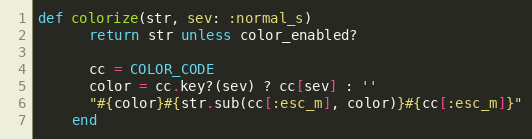
Language: Ruby
def colorize(str, sev: :normal_s)
      return str unless color_enabled?

      cc = COLOR_CODE
      color = cc.key?(sev) ? cc[sev] : ''
      "#{color}#{str.sub(cc[:esc_m], color)}#{cc[:esc_m]}"
    end